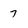
Character: 7